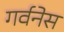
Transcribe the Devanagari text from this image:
गर्वनेस